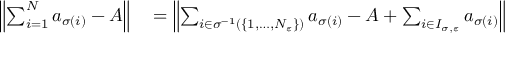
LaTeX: \begin{array} { r l r l } { \left\| \sum _ { i = 1 } ^ { N } a _ { \sigma ( i ) } - A \right\| } & { { } = \left\| \sum _ { i \in \sigma ^ { - 1 } \left( \{ 1 , \dots , N _ { \varepsilon } \} \right) } a _ { \sigma ( i ) } - A + \sum _ { i \in I _ { \sigma , \varepsilon } } a _ { \sigma ( i ) } \right\| } \end{array}